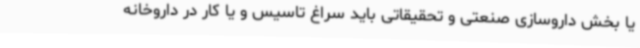
یا بخش داروسازی صنعتی و تحقیقاتی باید سراغ تاسیس و یا کار در داروخانه